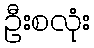
ဦးစလုံး